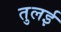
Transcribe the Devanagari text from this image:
तुलई